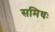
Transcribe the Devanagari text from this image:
समिधः